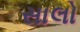
સાલો